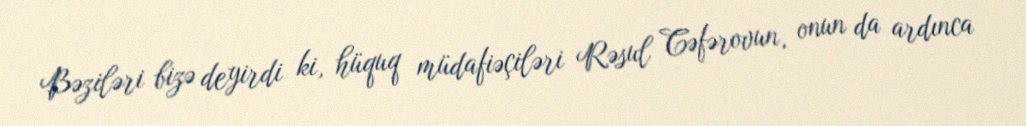
Bəziləri bizə deyirdi ki, hüquq müdafiəçiləri Rəsul Cəfərovun, onun da ardınca